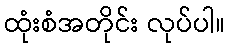
ထုံးစံအတိုင်း လုပ်ပါ။